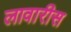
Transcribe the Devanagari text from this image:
लावारीस